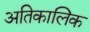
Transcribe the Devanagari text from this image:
अतिकालिक